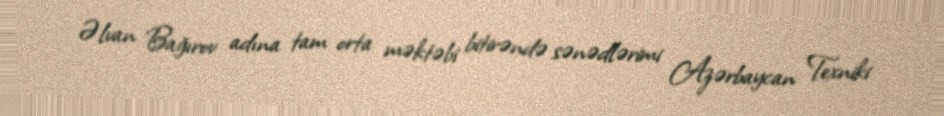
Əlvan Bağırov adına tam orta məktəbi bitirəndə sənədlərimi Azərbaycan Texniki